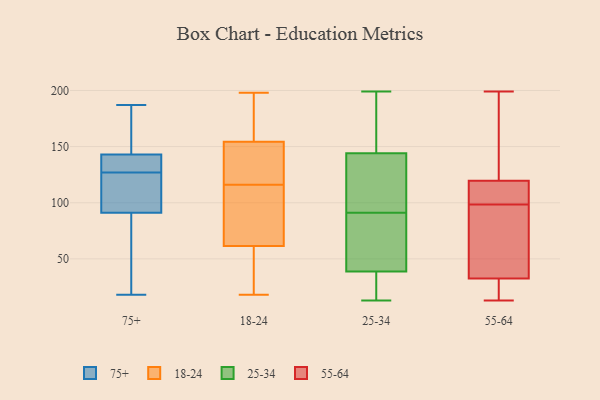
{"axis": {"x": "Conversion Rate (%)", "y": "Value"}, "legend": ["18-24", "25-34", "55-64", "75+"], "data": [{"x": "", "y": 23, "type": "75+"}, {"x": "", "y": 184, "type": "75+"}, {"x": "", "y": 126, "type": "75+"}, {"x": "", "y": 87, "type": "75+"}, {"x": "", "y": 120, "type": "75+"}, {"x": "", "y": 133, "type": "75+"}, {"x": "", "y": 143, "type": "75+"}, {"x": "", "y": 128, "type": "75+"}, {"x": "", "y": 90, "type": "75+"}, {"x": "", "y": 18, "type": "75+"}, {"x": "", "y": 146, "type": "75+"}, {"x": "", "y": 143, "type": "75+"}, {"x": "", "y": 134, "type": "75+"}, {"x": "", "y": 92, "type": "75+"}, {"x": "", "y": 50, "type": "75+"}, {"x": "", "y": 106, "type": "75+"}, {"x": "", "y": 138, "type": "75+"}, {"x": "", "y": 187, "type": "75+"}, {"x": "", "y": 175, "type": "75+"}, {"x": "", "y": 123, "type": "75+"}, {"x": "", "y": 116, "type": "18-24"}, {"x": "", "y": 162, "type": "18-24"}, {"x": "", "y": 48, "type": "18-24"}, {"x": "", "y": 92, "type": "18-24"}, {"x": "", "y": 65, "type": "18-24"}, {"x": "", "y": 51, "type": "18-24"}, {"x": "", "y": 162, "type": "18-24"}, {"x": "", "y": 138, "type": "18-24"}, {"x": "", "y": 152, "type": "18-24"}, {"x": "", "y": 47, "type": "18-24"}, {"x": "", "y": 198, "type": "18-24"}, {"x": "", "y": 18, "type": "18-24"}, {"x": "", "y": 158, "type": "18-24"}, {"x": "", "y": 80, "type": "18-24"}, {"x": "", "y": 141, "type": "18-24"}, {"x": "", "y": 113, "type": "18-24"}, {"x": "", "y": 153, "type": "18-24"}, {"x": "", "y": 148, "type": "25-34"}, {"x": "", "y": 158, "type": "25-34"}, {"x": "", "y": 38, "type": "25-34"}, {"x": "", "y": 24, "type": "25-34"}, {"x": "", "y": 20, "type": "25-34"}, {"x": "", "y": 132, "type": "25-34"}, {"x": "", "y": 60, "type": "25-34"}, {"x": "", "y": 13, "type": "25-34"}, {"x": "", "y": 131, "type": "25-34"}, {"x": "", "y": 199, "type": "25-34"}, {"x": "", "y": 181, "type": "25-34"}, {"x": "", "y": 41, "type": "25-34"}, {"x": "", "y": 56, "type": "25-34"}, {"x": "", "y": 38, "type": "25-34"}, {"x": "", "y": 81, "type": "25-34"}, {"x": "", "y": 111, "type": "25-34"}, {"x": "", "y": 91, "type": "25-34"}, {"x": "", "y": 127, "type": "25-34"}, {"x": "", "y": 184, "type": "25-34"}, {"x": "", "y": 13, "type": "55-64"}, {"x": "", "y": 103, "type": "55-64"}, {"x": "", "y": 111, "type": "55-64"}, {"x": "", "y": 13, "type": "55-64"}, {"x": "", "y": 199, "type": "55-64"}, {"x": "", "y": 27, "type": "55-64"}, {"x": "", "y": 132, "type": "55-64"}, {"x": "", "y": 128, "type": "55-64"}, {"x": "", "y": 81, "type": "55-64"}, {"x": "", "y": 96, "type": "55-64"}, {"x": "", "y": 108, "type": "55-64"}, {"x": "", "y": 22, "type": "55-64"}, {"x": "", "y": 164, "type": "55-64"}, {"x": "", "y": 77, "type": "55-64"}, {"x": "", "y": 38, "type": "55-64"}, {"x": "", "y": 101, "type": "55-64"}]}